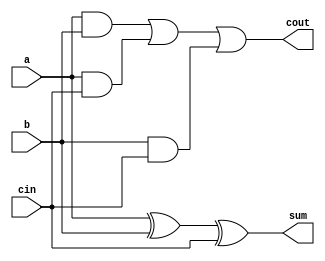
`timescale 1ns / 1ps
//////////////////////////////////////////////////////////////////////////////////
// Company: 
// Engineer: 
// 
// Design Name: 
// Module Name: full_adder1
// Project Name: 
// Target Devices: 
// Tool Versions: 
// Description: 
// 
// Dependencies: 
// 
// Revision:
// Revision 0.01 - File Created
// Additional Comments:
// 
//////////////////////////////////////////////////////////////////////////////////


module full_adder1(
    input a,
    input b,
    input cin,
    output sum,
    output cout
    );
    
    wire s1,m1,m2,m3;
    xor u1(s1, a, b);
    xor u2(sum, s1, cin);
    and (m1, a, b);
    and (m2, a, cin);
    and (m3, b ,cin);
    or (cout, m1, m2, m3);
    
endmodule